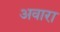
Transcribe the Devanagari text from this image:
अवारा